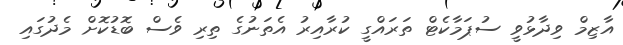
އާޒިމް ވިދާޅުވީ ސުޕަމާކެޓް ތަރައްގީ ކުރާއިރު އެތަނުގެ ތިރި ވެސް ބޮޑުކޮށް މެދުގައި